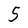
Character: 5